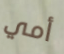
أمي